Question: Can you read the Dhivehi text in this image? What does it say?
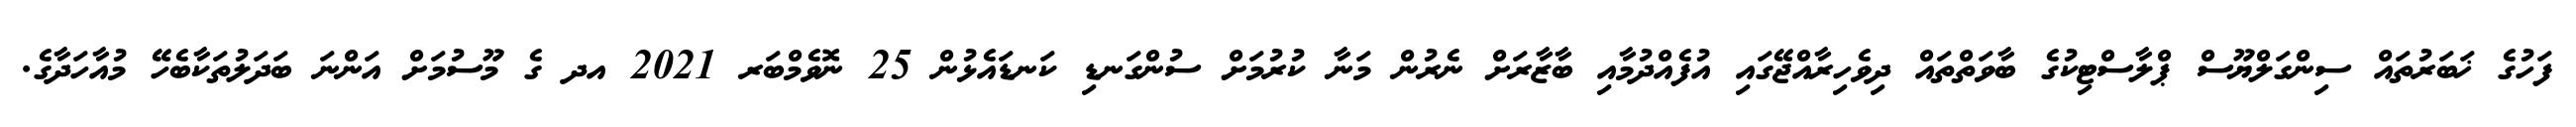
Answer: ފަހުގެ ޚަބަރުތައް ސިންގަލްޔޫސް ޕްލާސްޓިކުގެ ބާވަތްތައް ދިވެހިރާއްޖޭގައި އުފެއްދުމާއި ބާޒާރަށް ނެރުން މަނާ ކުރުމަށް ސުންގަނޑި ކަނޑައެޅުން 25 ނޮވެމްބަރ 2021 އދ ގެ މޫސުމަށް އަންނަ ބަދަލުތަކާބެހޭ މުއާހަދާގެ.